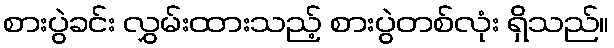
စားပွဲခင်း လွှမ်းထားသည့် စားပွဲတစ်လုံး ရှိသည်။